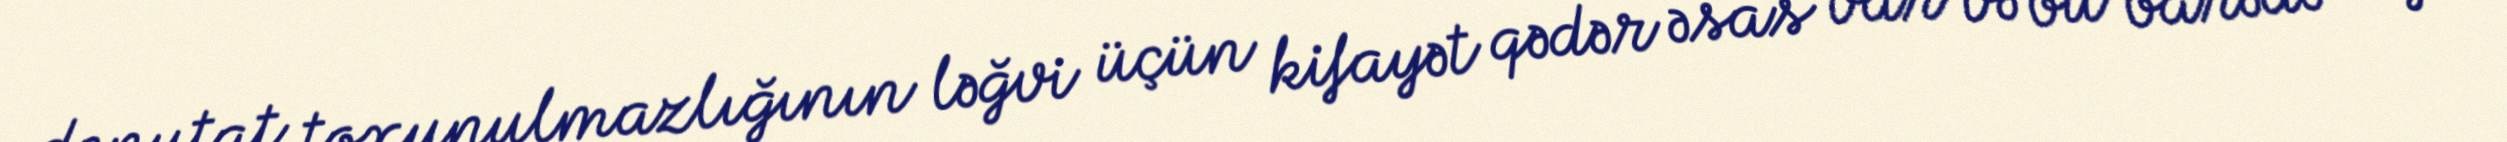
deputat toxunulmazlığının ləğvi üçün kifayət qədər əsas var və bu barədə rəyə